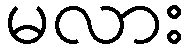
မလား